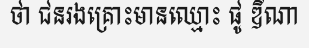
ថា ជនរងគ្រោះមានឈ្មោះ ផូ ឌីណា